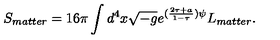
S _ { m a t t e r } = 1 6 \pi \int d ^ { 4 } x \sqrt { - g } e ^ { ( \frac { 2 \tau + a } { 1 - \tau } ) \psi } L _ { m a t t e r } .